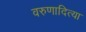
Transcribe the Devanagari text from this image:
वरुणादित्या